Civil Veterinary Dept. Assam report 1911-1927 - 1911-1927
Year: 1911
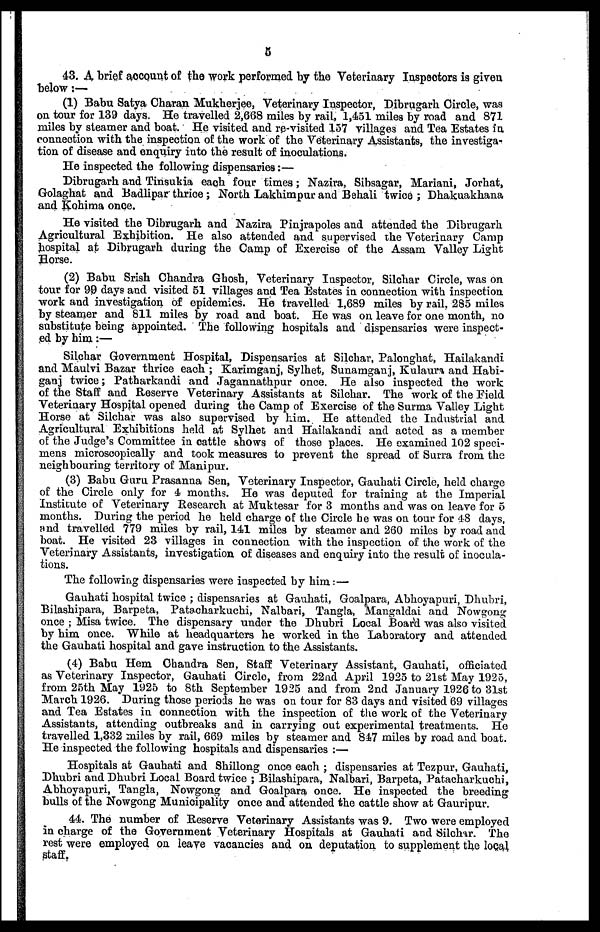
5
43. A brief account of the work performed by the Veterinary Inspectors is given
below:—
(1) Babu Satya Charan Mukherjee, Veterinary Inspector, Dibrugarh Circle, was
on tour for 139 days. He travelled 2,668 miles by rail, 1,451 miles by road and 871
miles by steamer and boat. He visited and re-visited 157 villages and Tea Estates in
connection with the inspection of the work of the Veterinary Assistants, the investiga-
tion of disease and enquiry into the result of inoculations.
He inspected the following dispensaries:—
Dibrugarh and Tinsukia each four times; Nazira, Sibsagar, Mariani, Jorhat,
Golaghat and Badlipar thrice; North Lakhimpur and Behali twice ; Dhakuakhana
and Kohima once.
He visited the Dibrugarh and Nazira Pinjrapoles and attended the Dibrugarh
Agricultural Exhibition. He also attended and supervised the Veterinary Camp
hospital at Dibrugarh during the Camp of Exercise of the Assam Valley Light
Horse.
(2) Babu Srish Chandra Ghosh, Veterinary Inspector, Silchar Circle, was on
tour for 99 days and visited 51 villages and Tea Estates in connection with inspection
work and investigation of epidemics. He travelled 1,689 miles by rail, 285 miles
by steamer and 811 miles by road and boat. He was on leave for one month, no
substitute being appointed. The following hospitals and dispensaries were inspect-
ed by him:—
Silchar Government Hospital, Dispensaries at Silchar, Palonghat, Hailakandi
and Maulvi Bazar thrice each ; Karimganj, Sylhet, Sunamganj, Kulaura and Habi-
ganj twice; Patharkandi and Jagannathpur once. He also inspected the work
of the Staff and Reserve Veterinary Assistants at Silchar. The work of the Field
Veterinary Hospital opened during the Camp of Exercise of the Surma Valley Light
Horse at Silchar was also supervised by him. He attended the Industrial and
Agricultural Exhibitions held at Sylhet and Hailakandi and acted as a member
of the Judge's Committee in cattle shows of those places. He examined 102 speci-
mens microscopically and took measures to prevent the spread of Surra from the
neighbouring territory of Manipur.
(3) Babu Guru Prasanna Sen, Veterinary Inspector, Gauhati Circle, held charge
of the Circle only for 4 months. He was deputed for training at the Imperial
Institute of Veterinary Research at Muktesar for 3 months and was on leave for 5
months. During the period he held charge of the Circle he was on tour for 48 days,
and travelled 779 miles by rail, 141 miles by steamer and 260 miles by road and
boat. He visited 23 villages in connection with the inspection of the work of the
Veterinary Assistants, investigation of diseases and enquiry into the result of inocula-
tions.
The following dispensaries were inspected by him:—
Gauhati hospital twice ; dispensaries at Gauhati, Goalpara, Abhoyapuri, Dhubri,
Bilashipara, Barpeta, Patacharkuchi, Nalbari, Tangla, Mangaldai and Nowgong
once ; Misa twice. The dispensary under the Dhubri Local Board was also visited
by him once. While at headquarters he worked in the Laboratory and attended
the Gauhati hospital and gave instruction to the Assistants.
(4) Babu Hem Chandra Sen, Staff Veterinary Assistant, Gauhati, officiated
as Veterinary Inspector, Gauhati Circle, from 22nd April 1925 to 21st May 1925,
from 25th May 1925 to 8th September 1925 and from 2nd January 1926 to 31st
March 1926. During those periods he was on tour for 83 days and visited 69 villages
and Tea Estates in connection with the inspection of the work of the Veterinary
Assistants, attending outbreaks and in carrying out experimental treatments. He
travelled 1,332 miles by rail, 669 miles by steamer and 847 miles by road and boat.
He inspected the following hospitals and dispensaries :—
Hospitals at Gauhati and Shillong once each ; dispensaries at Tezpur, Gauhati,
Dhubri and Dhubri Local Board twice ; Bilashipara, Nalbari, Barpeta, Patacharkuchi,
Abhoyapuri, Tangla, Nowgong and Goalpara once. He inspected the breeding
bulls of the Nowgong Municipality once and attended the cattle show at Gauripur.
44. The number of Reserve Veterinary Assistants was 9. Two were employed
in charge of the Government Veterinary Hospitals at Gauhati and Silchar. The
rest were employed on leave vacancies and on deputation to supplement the local
staff.